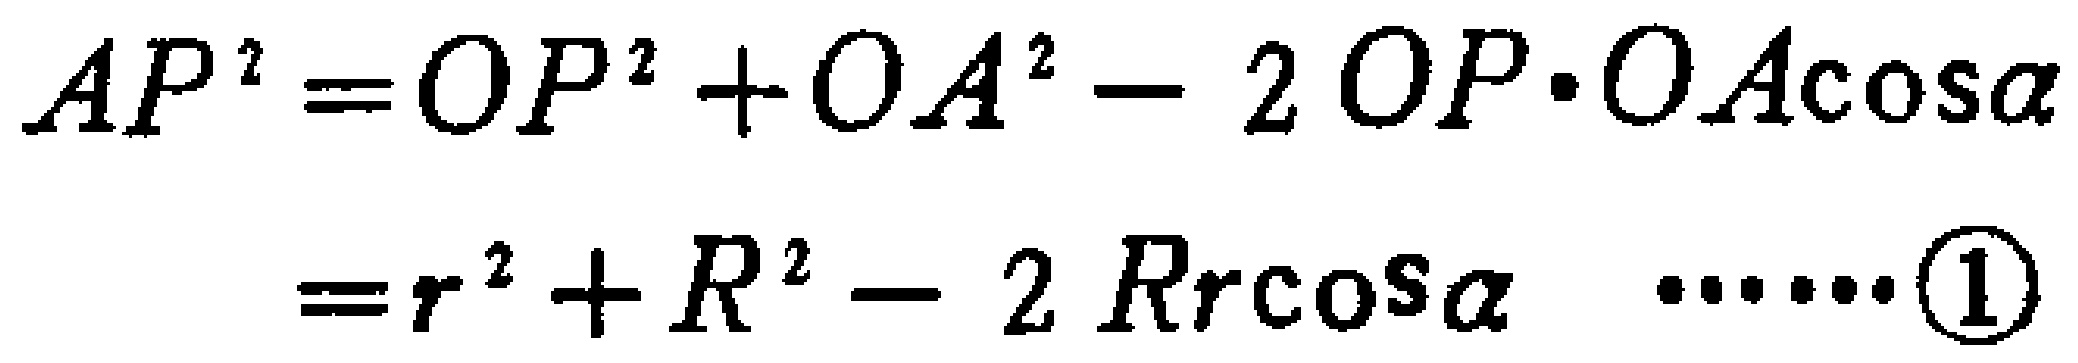
\[
\begin{align*}
AP^{2}&=OP^{2}+OA^{2}-2OP\cdot OA\cos\alpha\\
&=r^{2}+R^{2}-2Rr\cos\alpha\quad\cdots\cdots\textcircled{1}
\end{align*}
\]